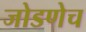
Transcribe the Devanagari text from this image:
जोडणेच